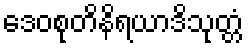
ဒေဝစုတိနိရယာဒိသုတ္တံ